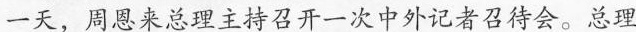
一天，周恩来总理主持召开一次中外记者召待会。总理